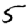
Digit: 5